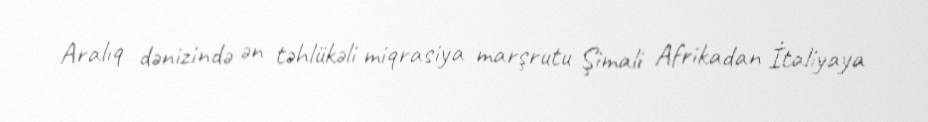
Aralıq dənizində ən təhlükəli miqrasiya marşrutu Şimali Afrikadan İtaliyaya